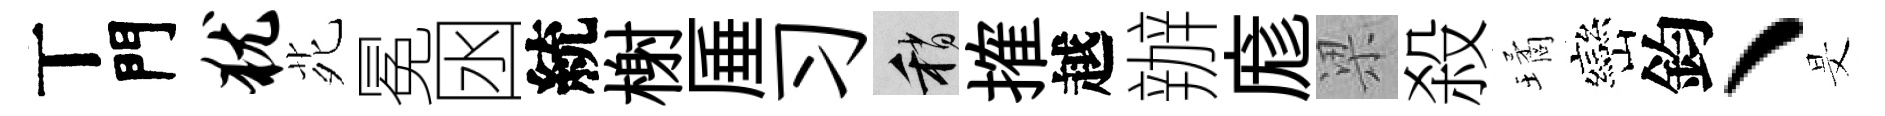
丅門犹𫟍冕囦統榭厜习稍搉越辦庬梁殺璚巒鈞、旻